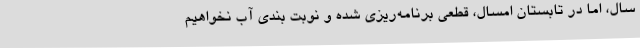
سال، اما در تابستان امسال، قطعی برنامه‌ریزی شده و نوبت بندی آب نخواهیم